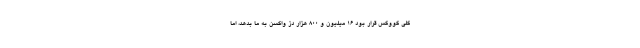
کلی کووکس قرار بود ۱۶ میلیون و ۸۰۰ هزار دُز واکسن به ما بدهد، اما